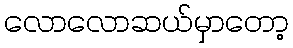
လောလောဆယ်မှာတော့